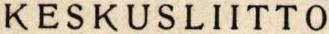
KESKUSLIITTO